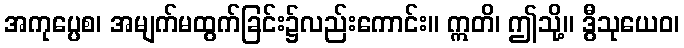
အကုပ္ပေစ၊ အမျက်မထွက်ခြင်း၌လည်းကောင်း။ ဣတိ၊ ဤသို့။ ဒွီသုယေဝ၊